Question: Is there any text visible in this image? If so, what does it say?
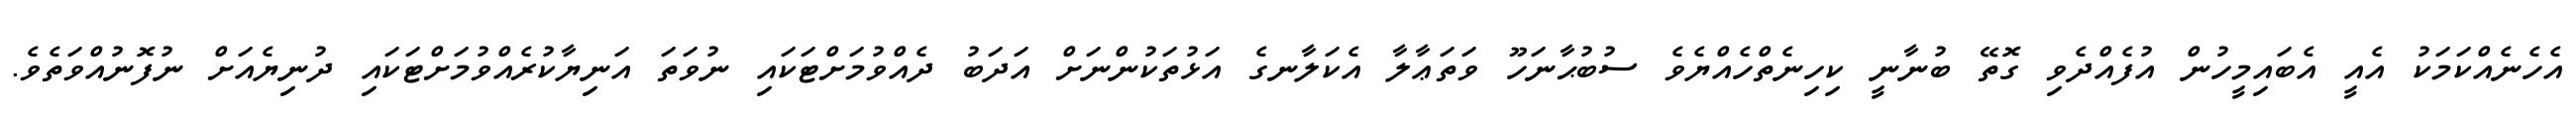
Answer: އެހެނެއްކަމަކު އެއީ އެބައިމީހުން އުފެއްދެވި ގޮތޭ ބުނާނީ ކިހިނެތްހެއްޔެވެ ސުބުޙާނަހޫ ވަތަޢާލާ އެކަލާނގެ އަޅުތަކުންނަށް އަދަބު ދެއްވުމަށްޓަކައި ނުވަތަ އަނިޔާކުރެއްވުމަށްޓަކައި ދުނިޔެއަށް ނުފޮނުއްވަތެވެ.